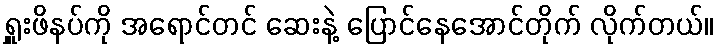
ရှူးဖိနပ်ကို အရောင်တင် ဆေးနဲ့ ပြောင်နေအောင်တိုက် လိုက်တယ်။